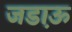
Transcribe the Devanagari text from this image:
जडा़ऊ